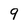
Character: 9